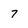
Character: 7